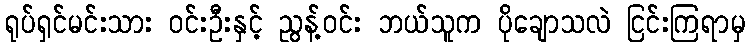
ရုပ်ရှင်မင်းသား ဝင်းဦးနှင့် ညွန့်ဝင်း ဘယ်သူက ပိုချောသလဲ ငြင်းကြရာမှ